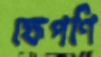
ক্ষেপণি